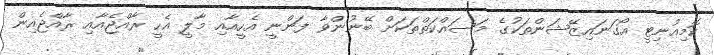
ކޮމިއުނިޓީ އޯގަނައިޒޭޝަންތަކުގެ މަސައްކަތްތަކަށް ބޭނުންވާ ފަންނީ އެހީއާއި މާލީ އެހީ ރާއްޖެއާއި ރާއްޖެއިން